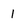
Character: 1